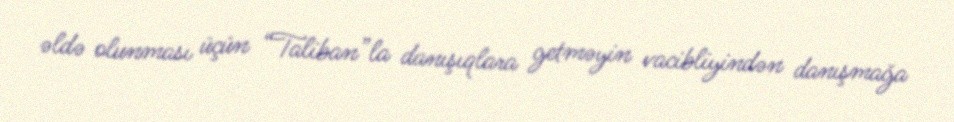
əldə olunması üçün “Taliban”la danışıqlara getməyin vacibliyindən danışmağa